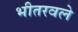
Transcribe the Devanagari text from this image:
भीतरवले